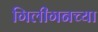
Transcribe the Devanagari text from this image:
गिलीगनच्या